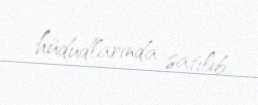
hüdudlarında satılıb.